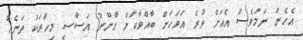
އެހެން ނަމަވެސް އެއަށް ވުރެ އަވަހަށް ބާއްވާކަށް ގާނޫނު އަސާސީ މިހާރަކު ތަނެއް